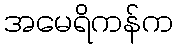
အမေရိကန်က